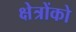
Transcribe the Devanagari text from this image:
क्षेत्रोंको